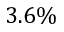
3 . 6 \%